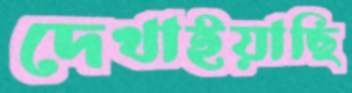
দেখাইয়াছি